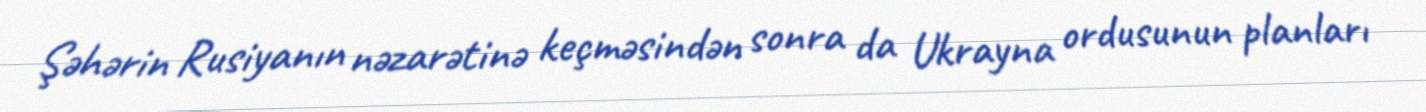
Şəhərin Rusiyanın nəzarətinə keçməsindən sonra da Ukrayna ordusunun planları